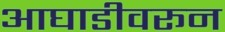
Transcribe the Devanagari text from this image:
आघाडीवरून